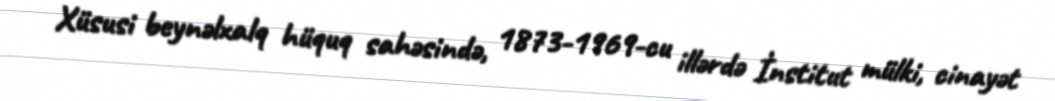
Xüsusi beynəlxalq hüquq sahəsində, 1873-1969-cu illərdə İnstitut mülki, cinayət